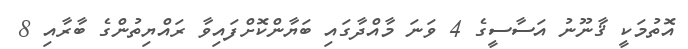
އޮތުމަކީ ޤާނޫނު އަސާސީގެ 4 ވަނަ މާއްދާގައި ބަޔާންކޮށްފައިވާ ރައްޔިތުންގެ ބާރާއި 8